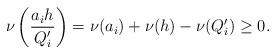
LaTeX: \begin{align*}\nu\left(\frac{a_ih}{Q'_i}\right)=\nu(a_i)+\nu(h)-\nu(Q_i')\geq 0.\end{align*}